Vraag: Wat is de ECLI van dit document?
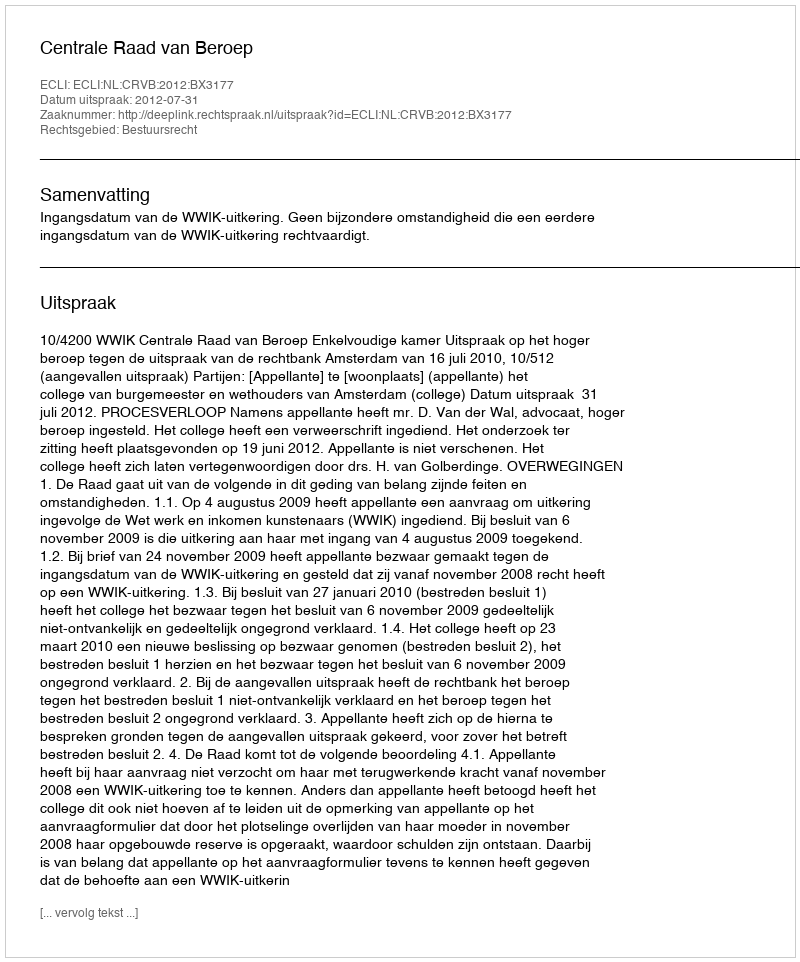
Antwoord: ECLI:NL:CRVB:2012:BX3177